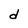
Character: d